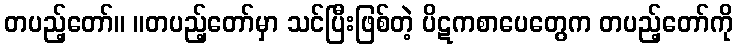
တပည့်တော်။ ။တပည့်တော်မှာ သင်ပြီးဖြစ်တဲ့ ပိဋကစာပေတွေက တပည့်တော်ကို